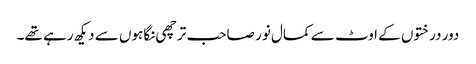
دور درختوں کے اوٹ سے کمال نور صاحب ترچھی نگاہوں سے دیکھ رہے تھے۔